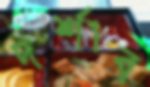
দর্শাব